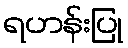
ရဟန်းပြု